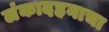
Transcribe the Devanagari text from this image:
लंकादहनाचा